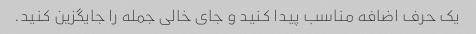
یک حرف اضافه مناسب پیدا کنید و جای خالی جمله را جایگزین کنید.